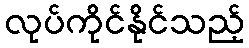
လုပ်ကိုင်နိုင်သည့်